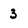
Character: 3